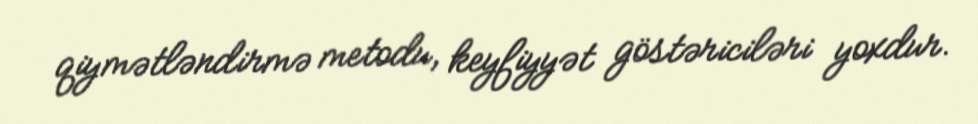
qiymətləndirmə metodu, keyfiyyət göstəriciləri yoxdur.